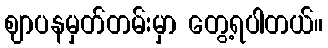
ဈာပနမှတ်တမ်းမှာ တွေ့ရပါတယ်။